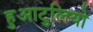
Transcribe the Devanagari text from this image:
हुआटुलियो